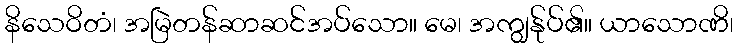
နိသေဝိတံ၊ အမြဲတန်ဆာဆင်အပ်သော။ မေ၊ အကျွန်ုပ်၏။ ယာသောဏိ၊